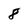
Character: 8